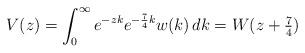
LaTeX: \begin{align*}V(z) = \int_0^\infty e^{-zk} e^{-\frac74k}w(k)\,dk = W(z+\tfrac74)\end{align*}